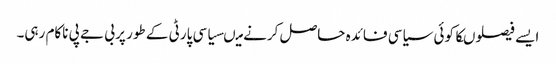
ایسے فیصلوںکا کوئی سیاسی فائدہ حاصل کرنے میںسیاسی پارٹی کے طور پر بی جے پی ناکام رہی۔